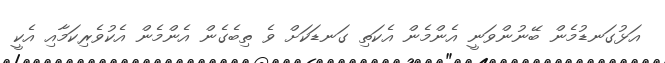
އަޅުގަނޑުމެން ބޭނުންވަނީ އެންމެެން އެކަތި ގަނޑަކަށް ވެ ތިބެގެން އެންމެން އެކުވެރިކަމާއި އެކީ